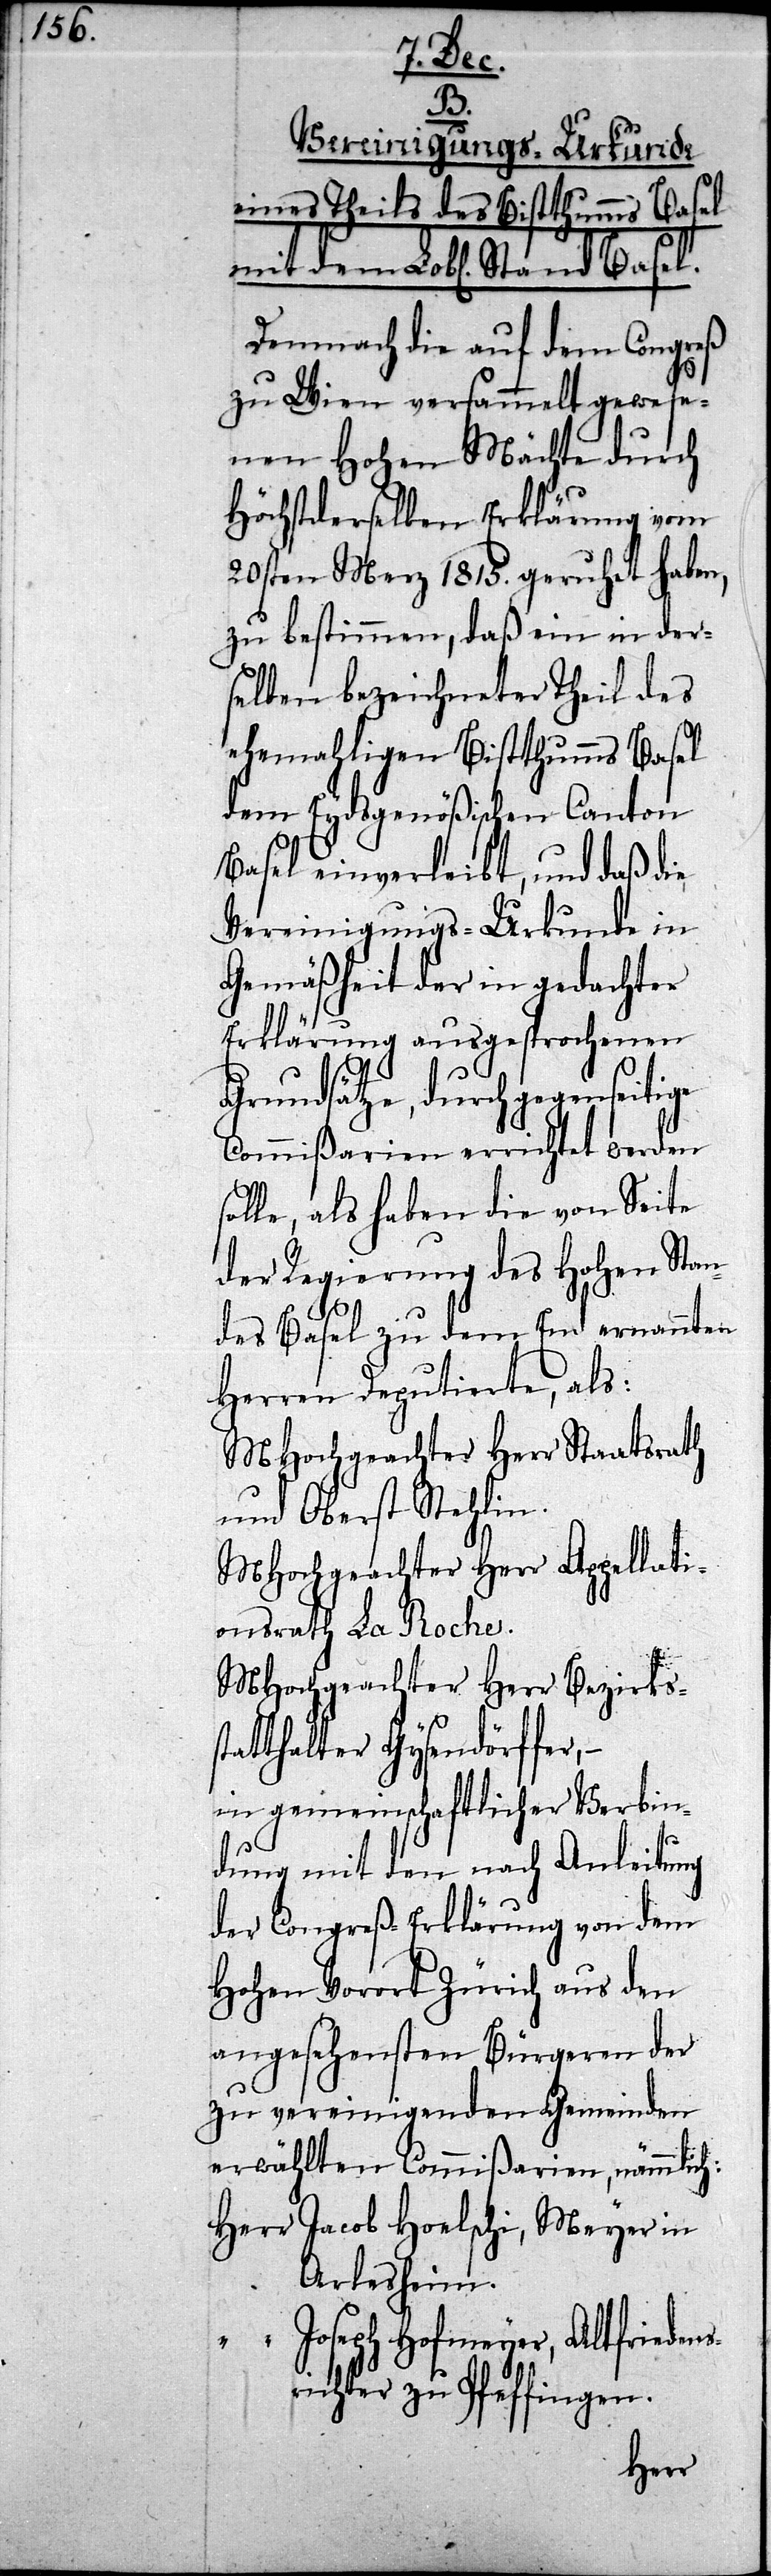
B.
Vereinigungs-Urkunde
eines Theils des Bistthumms Basel
mit dem Lobl. Stand Basel.
Demnach die auf dem Congreß
zu Wien versammelt gewese¬
nen Hohen Mächte durch
Höchstderselben Erklärung vom
20sten Merz 1815. geruhet haben,
zu bestimmen, daß ein in der¬
selben bezeichneter Theil des
ehemahligen Bistthumms Basel
dem Eydsgenößischen Canton
Basel einverleibt, und daß die
Vereinigungs-Urkunde in
Gemäßheit der in gedachter
Erklärung ausgesprochenen
Grundsätze, durch gegenseitige
Commißarien errichtet werden
solle, als haben die von Seite
der Regierung des Hohen Stan¬
des Basel zu dem End ernannten
Herren Deputierte, als:
MHochgeachter Herr Staatsrath
und Oberst Stehlin.
MHochgeachter Herr Bezirkss¬
tatthalter Gysendörffer,
in gemeinschaftlicher Verbin¬
dung mit den nach Anleitung
der Congreß-Erklärung von dem
Hohen Vorort Zürich aus den
angesehensten Bürgeren der
zu vereinigenden Gemeinden
erwählten Commißarien, nämmlich:
Herr	Jacob Hoelschi, Meyer in
Arlesheim.
„	Joseph Hofmeyer, Altfriedens¬
richter zu Pfeffingen.